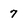
Character: 7